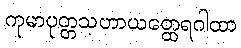
ကုမာပုတ္တသဟာယတ္ထေရဂါထာ